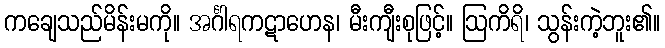
ကချေသည်မိန်းမကို။ အင်္ဂါရကဋာဟေန၊ မီးကျီးစုဖြင့်။ ဩကိရိ၊ သွန်းကဲ့ဘူး၏။